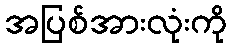
အပြစ်အားလုံးကို